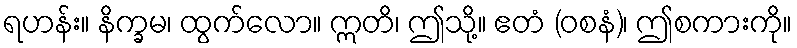
ရဟန်း။ နိက္ခမ၊ ထွက်လော။ ဣတိ၊ ဤသို့။ ဧတံ (ဝစနံ)၊ ဤစကားကို။